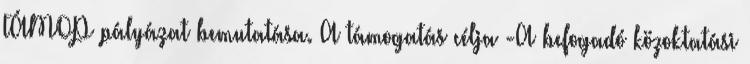
TÁMOP pályázat bemutatása. A támogatás célja -A befogadó közoktatási